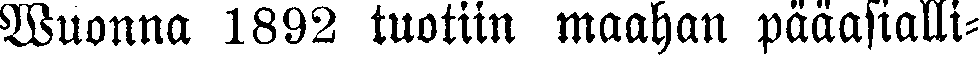
Wuonna 1892 tuotiin maahan pääasialli-